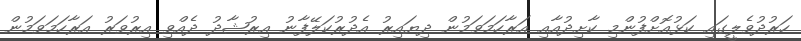
ހަރުދުވެލީގައި ކަޅުއޮށްފުންމި ކާށިދުއާއި އަރާހަމަވަމުން ދިޔައިރު އެދުރުކަލޭފާނު އިރުޝާދު ދެއްވި އިރުވަރު އަރާހަމަވަމުން